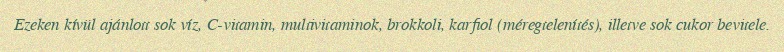
Ezeken kívül ajánlott sok víz, C-vitamin, multivitaminok, brokkoli, karfiol (méregtelenítés), illetve sok cukor bevitele.